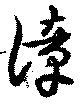
漳